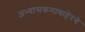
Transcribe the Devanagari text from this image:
अभ्यासक्रमाबाहेरचे